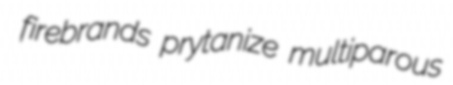
firebrands prytanize multiparous